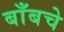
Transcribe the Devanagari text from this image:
बाँबचे